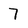
Character: 7